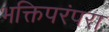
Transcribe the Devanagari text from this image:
भक्तिपरंपरा